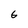
Character: 6